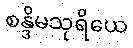
စန္ဒိမသုရိယေ